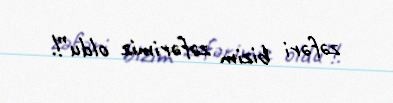
zəfəri bizim zəfərimiz oldu”!.